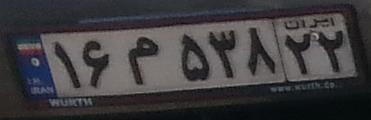
۱۶م۵۳۸۲۲